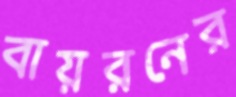
বায়রনের